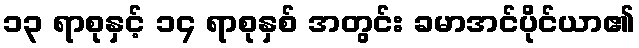
၁၃ ရာစုနှင့် ၁၄ ရာစုနှစ် အတွင်း ခမာအင်ပိုင်ယာ၏